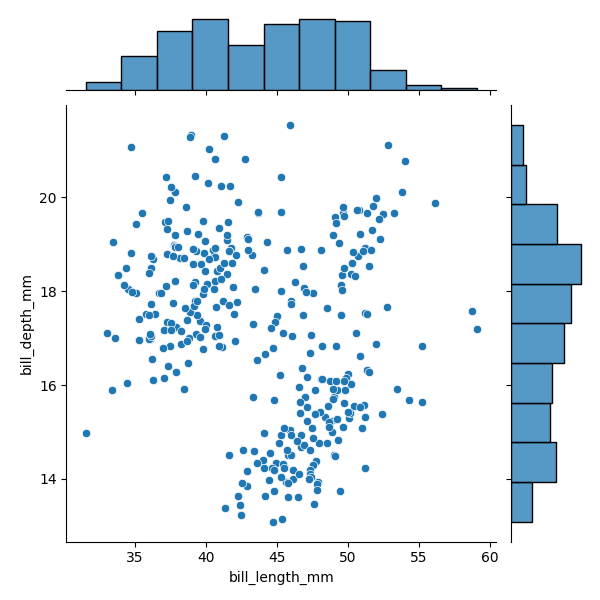
python, seaborn, JointGrid, scatterplot, histplot